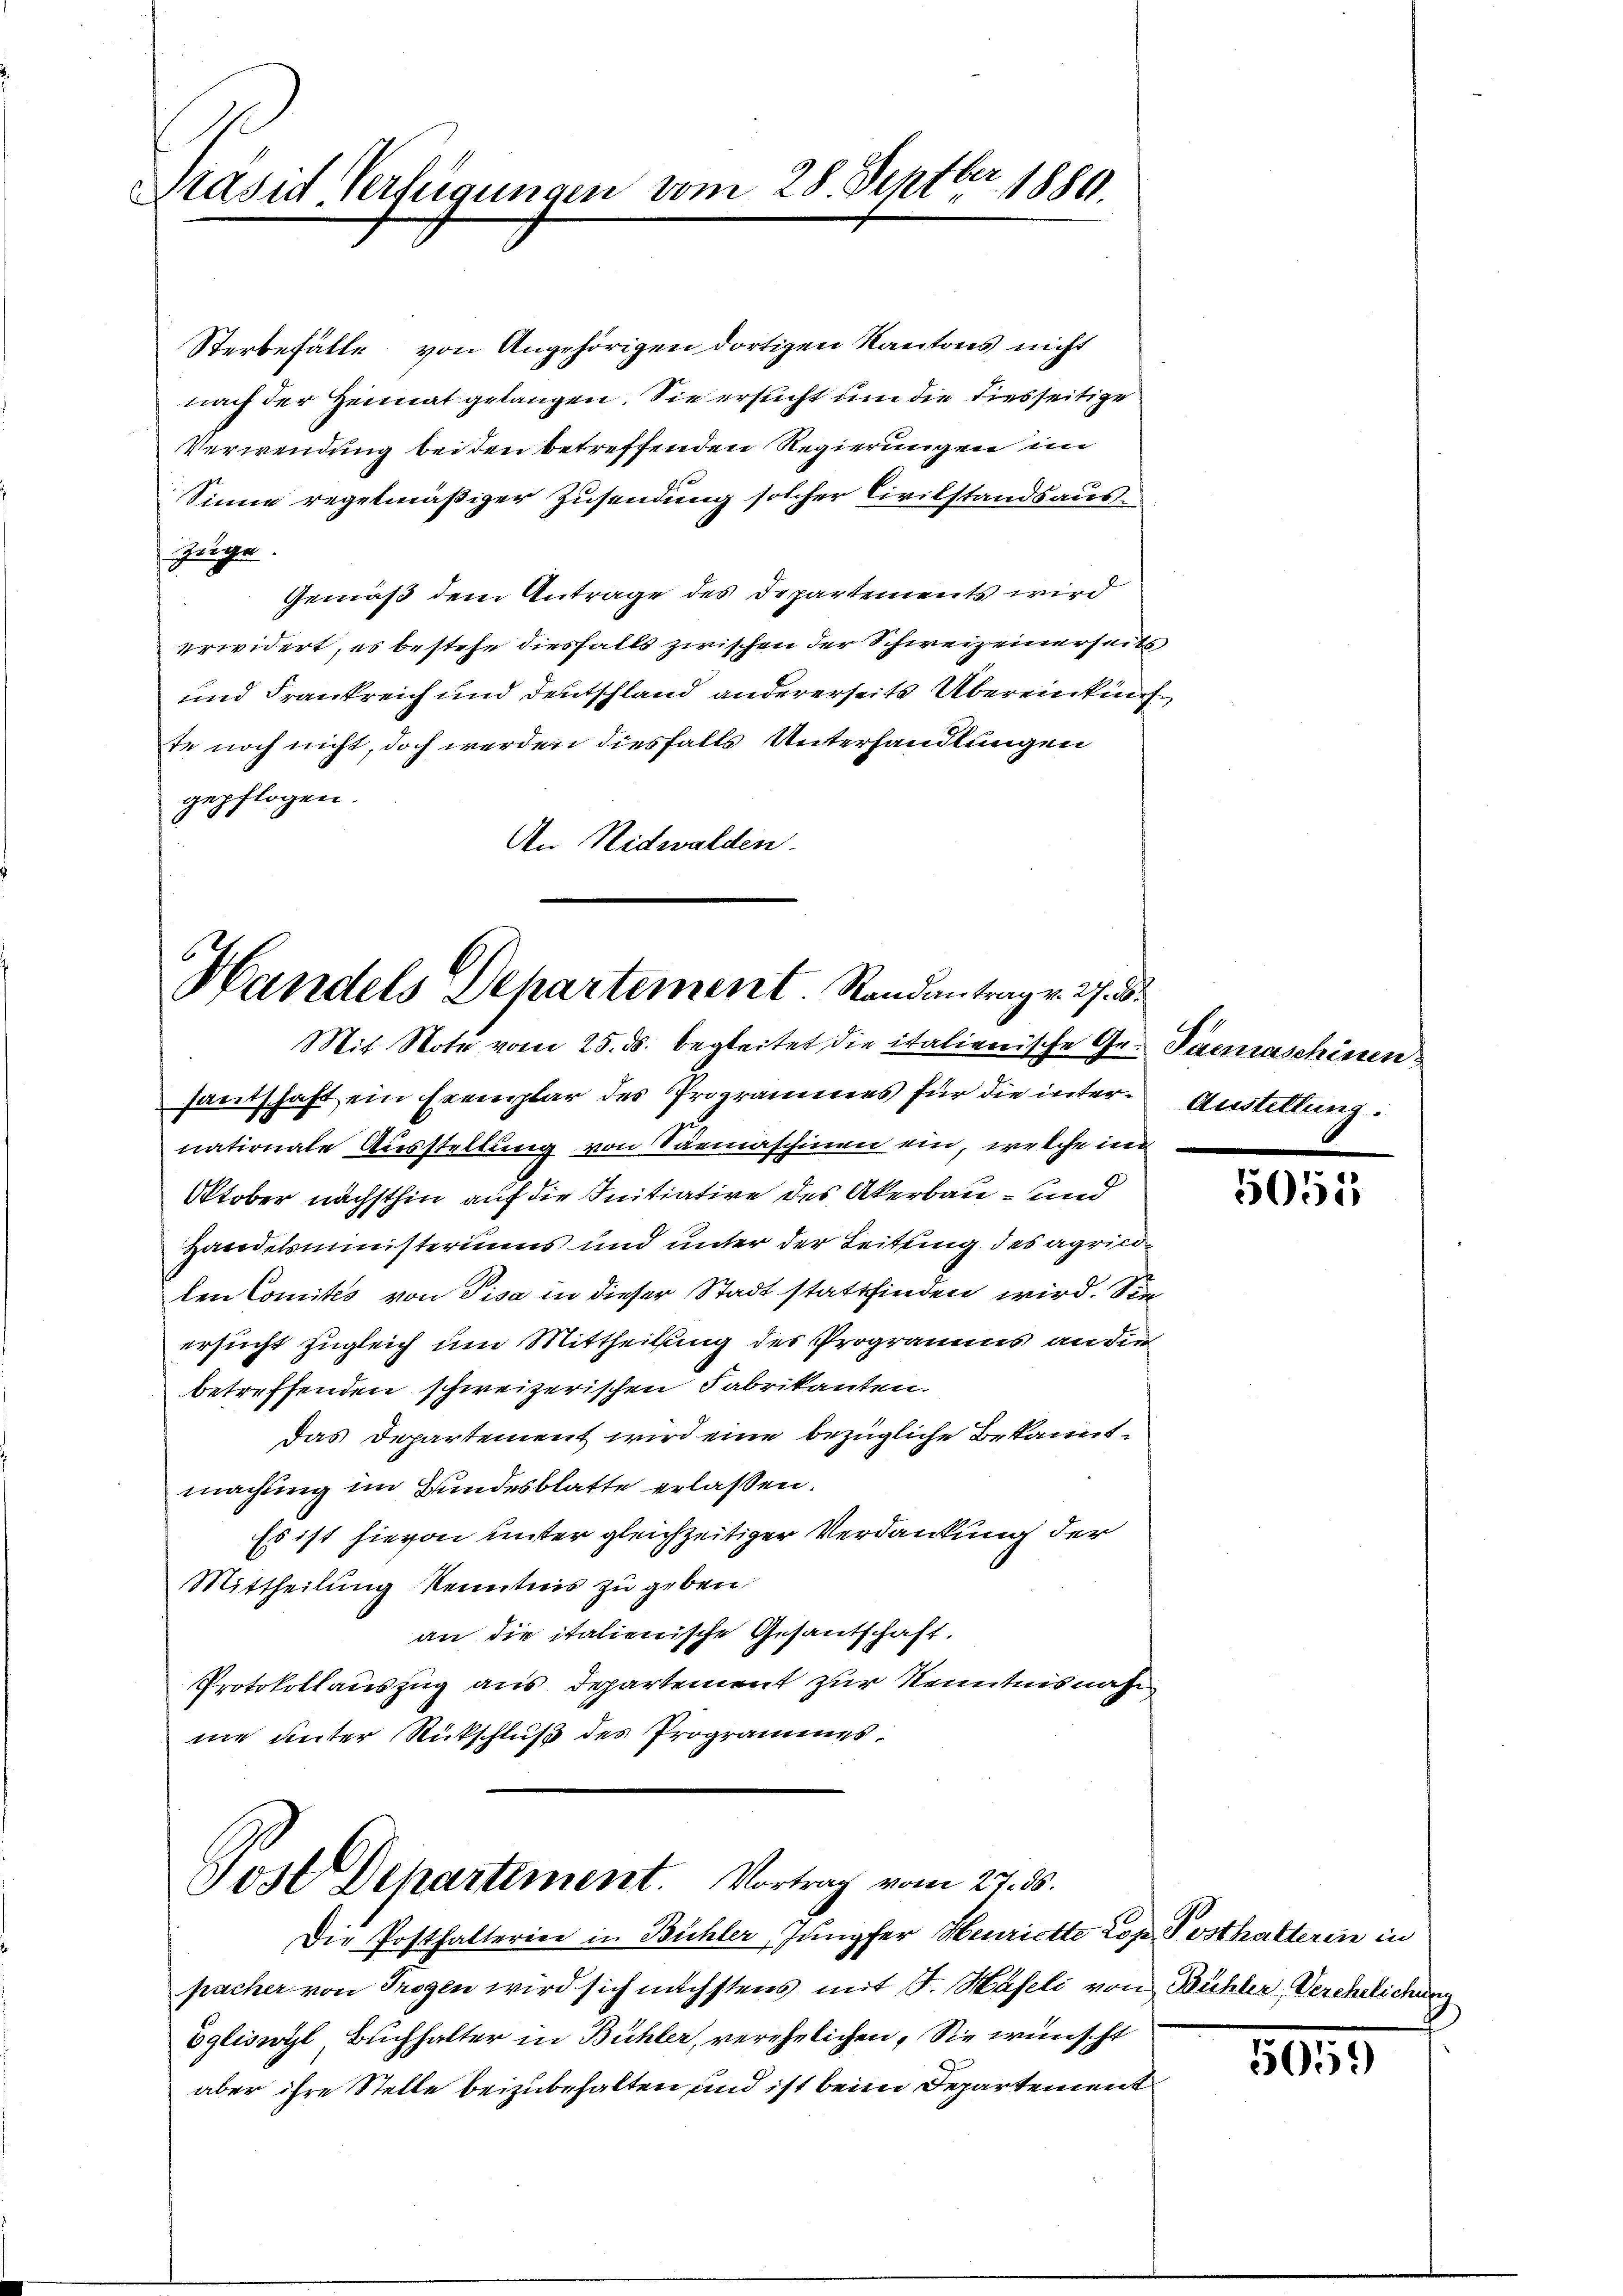
Krasid Verfügungen

Sterbefälle von Angehörigen dortigen Kantons nicht
nach der Heimat gelangen. Sie ersucht um die diesseitige
Verwendung beiden betreffenden Regierungen im
Sinne regelmäßiger Zusendung solcher Civilstandsaus¬
Züge
Gemäß dem Antrage des Departements wird
erwidert, es bestehe diesfalls zwischen der Schweizeinerseits
und Frankreich und Deutschland andererseits Übereinkunf
te noch nicht, doch werden diesfalls Unterhandlungen
gepflogen.
980
An Nidwalden.

e
vom 28. Septer 1880.

Handels Dehartement. Randantrag v. 27. B.
Mit Note vom 25. ds. begleitet die italienische Gr. Paemaschinen,

Jost Departement. Vortrag vom 27. ds.

santschaft ein Exemplar des Programmes für die inter Austellung.
nationate Ausstellung von Saemaschinen ein, welche in
Otober nächsthin auf die Initiative des Akerbau- und
Handelsministeriums und unter der Leitung des agricolen Comités von Pisa in dieser Stadt stattfinden wird. Sie
ersucht zugleich um Mittheilung des Programms an die
betreffenden schweizerischen Fabrikanten.
Das Departement wird eine bezügliche Bekannt,
machung im Bundesblatte erlassen.
Es ist hievon unter gleichzeitiger Verdankung der
Mittheilung Kenntnis zu geben.
an die italienische Gesandschaft.
Protokollauszug aus Departement zur Kenntnisnahm
ne unter Rückschluß des Programmes¬

Die Posthalterien in Bühler, Jungfer Henrichte Cop. Posthalteren in
pacher von Trogen wird sich nächstens mit F. Haseli von Bühler Verehelichung
Egliswyl Buchhalter in Bühler, verehelichen. Sie wünscht
aber ihre Stelle beizubehalten und ist beim Departement

5051

5059